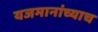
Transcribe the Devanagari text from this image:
यजमानांच्याच